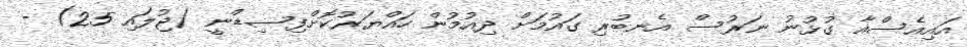
އައިއެސްއާ ގުޅުނު ނަރުސް އެނބުރި ގައުމަށް ދިއުމުން ހައްޔަރުކޮށްފިސިޑްނީ (ޖުލައި 25) -